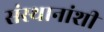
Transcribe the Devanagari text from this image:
संस्थानांशी